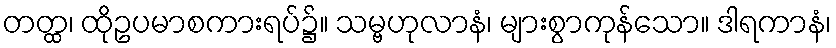
တတ္ထ၊ ထိုဥပမာစကားရပ်၌။ သမ္ဗဟုလာနံ၊ များစွာကုန်သော။ ဒါရကာနံ၊